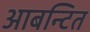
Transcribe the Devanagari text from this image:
आबन्टित